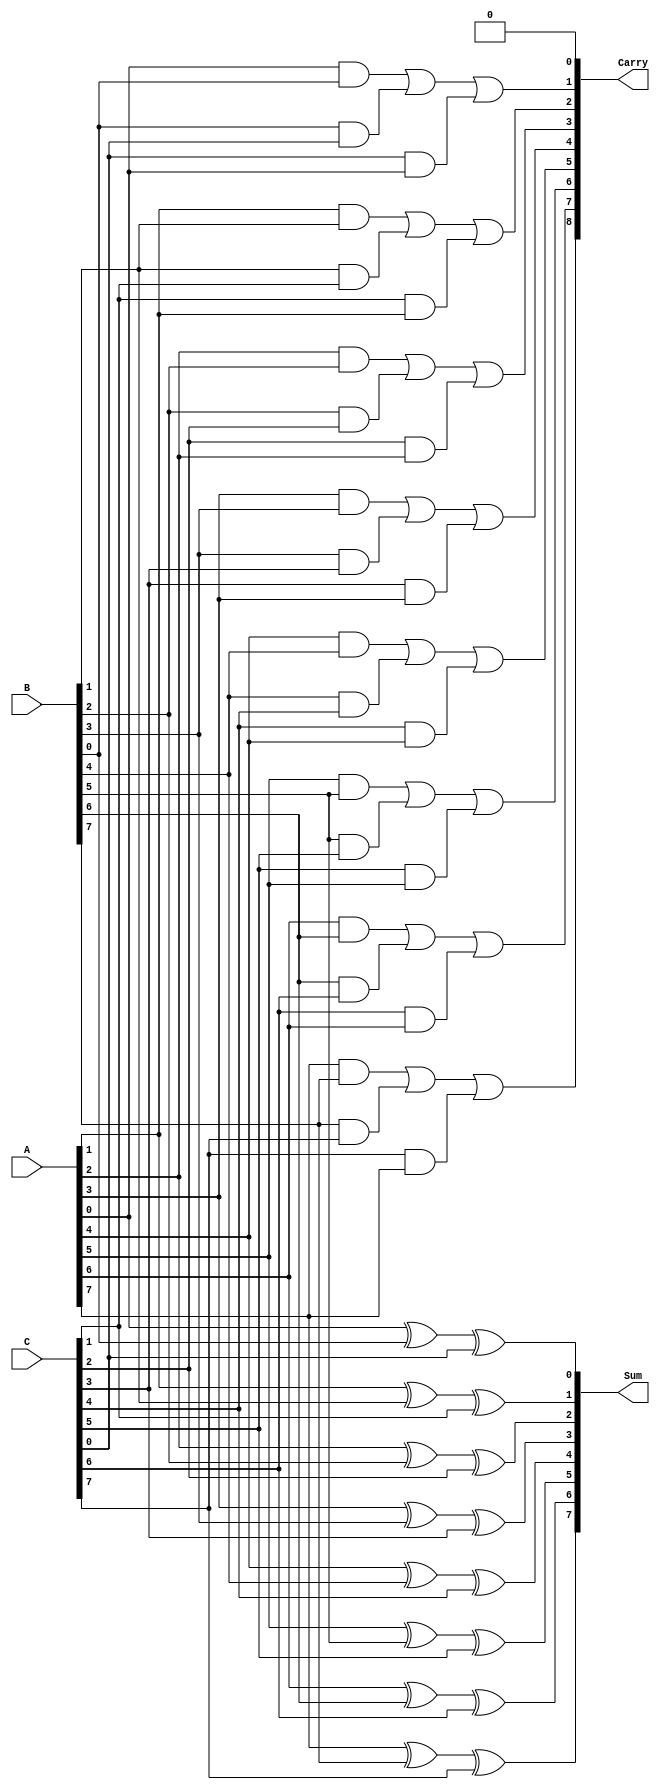
module carry_save_adder #(parameter n = 8) (
    input  [n-1:0] A,    // First input
    input  [n-1:0] B,    // Second input
    input  [n-1:0] C,    // Third input
    output [n-1:0] Sum,   // Sum output
    output [n:0]   Carry  // Carry output (n+1 bits)
);
    // Intermediate carry signals
    wire [n:0] carry; // n+1 bits to hold intermediate carries

    // Calculate sum and carry for each bit
    genvar i;
    generate
        for (i = 0; i < n; i = i + 1) begin : CSA_logic
            // Sum for bit position i
            assign Sum[i] = A[i] ^ B[i] ^ C[i];
            
            // Calculate carry based on current bit positions
            assign carry[i + 1] = (A[i] & B[i]) | (B[i] & C[i]) | (C[i] & A[i]);
        end
    endgenerate

    // Carry output, taking the initial carry-in as 0
    assign Carry = {carry[n], carry[n-1:0]};

    // The zero-th carry bit is always assumed to be 0, so Carry[n] represents additional carry out
    assign Carry[0] = 0;

endmodule